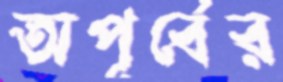
অপূর্বের